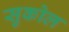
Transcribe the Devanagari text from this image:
सुकोल